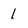
Character: 1